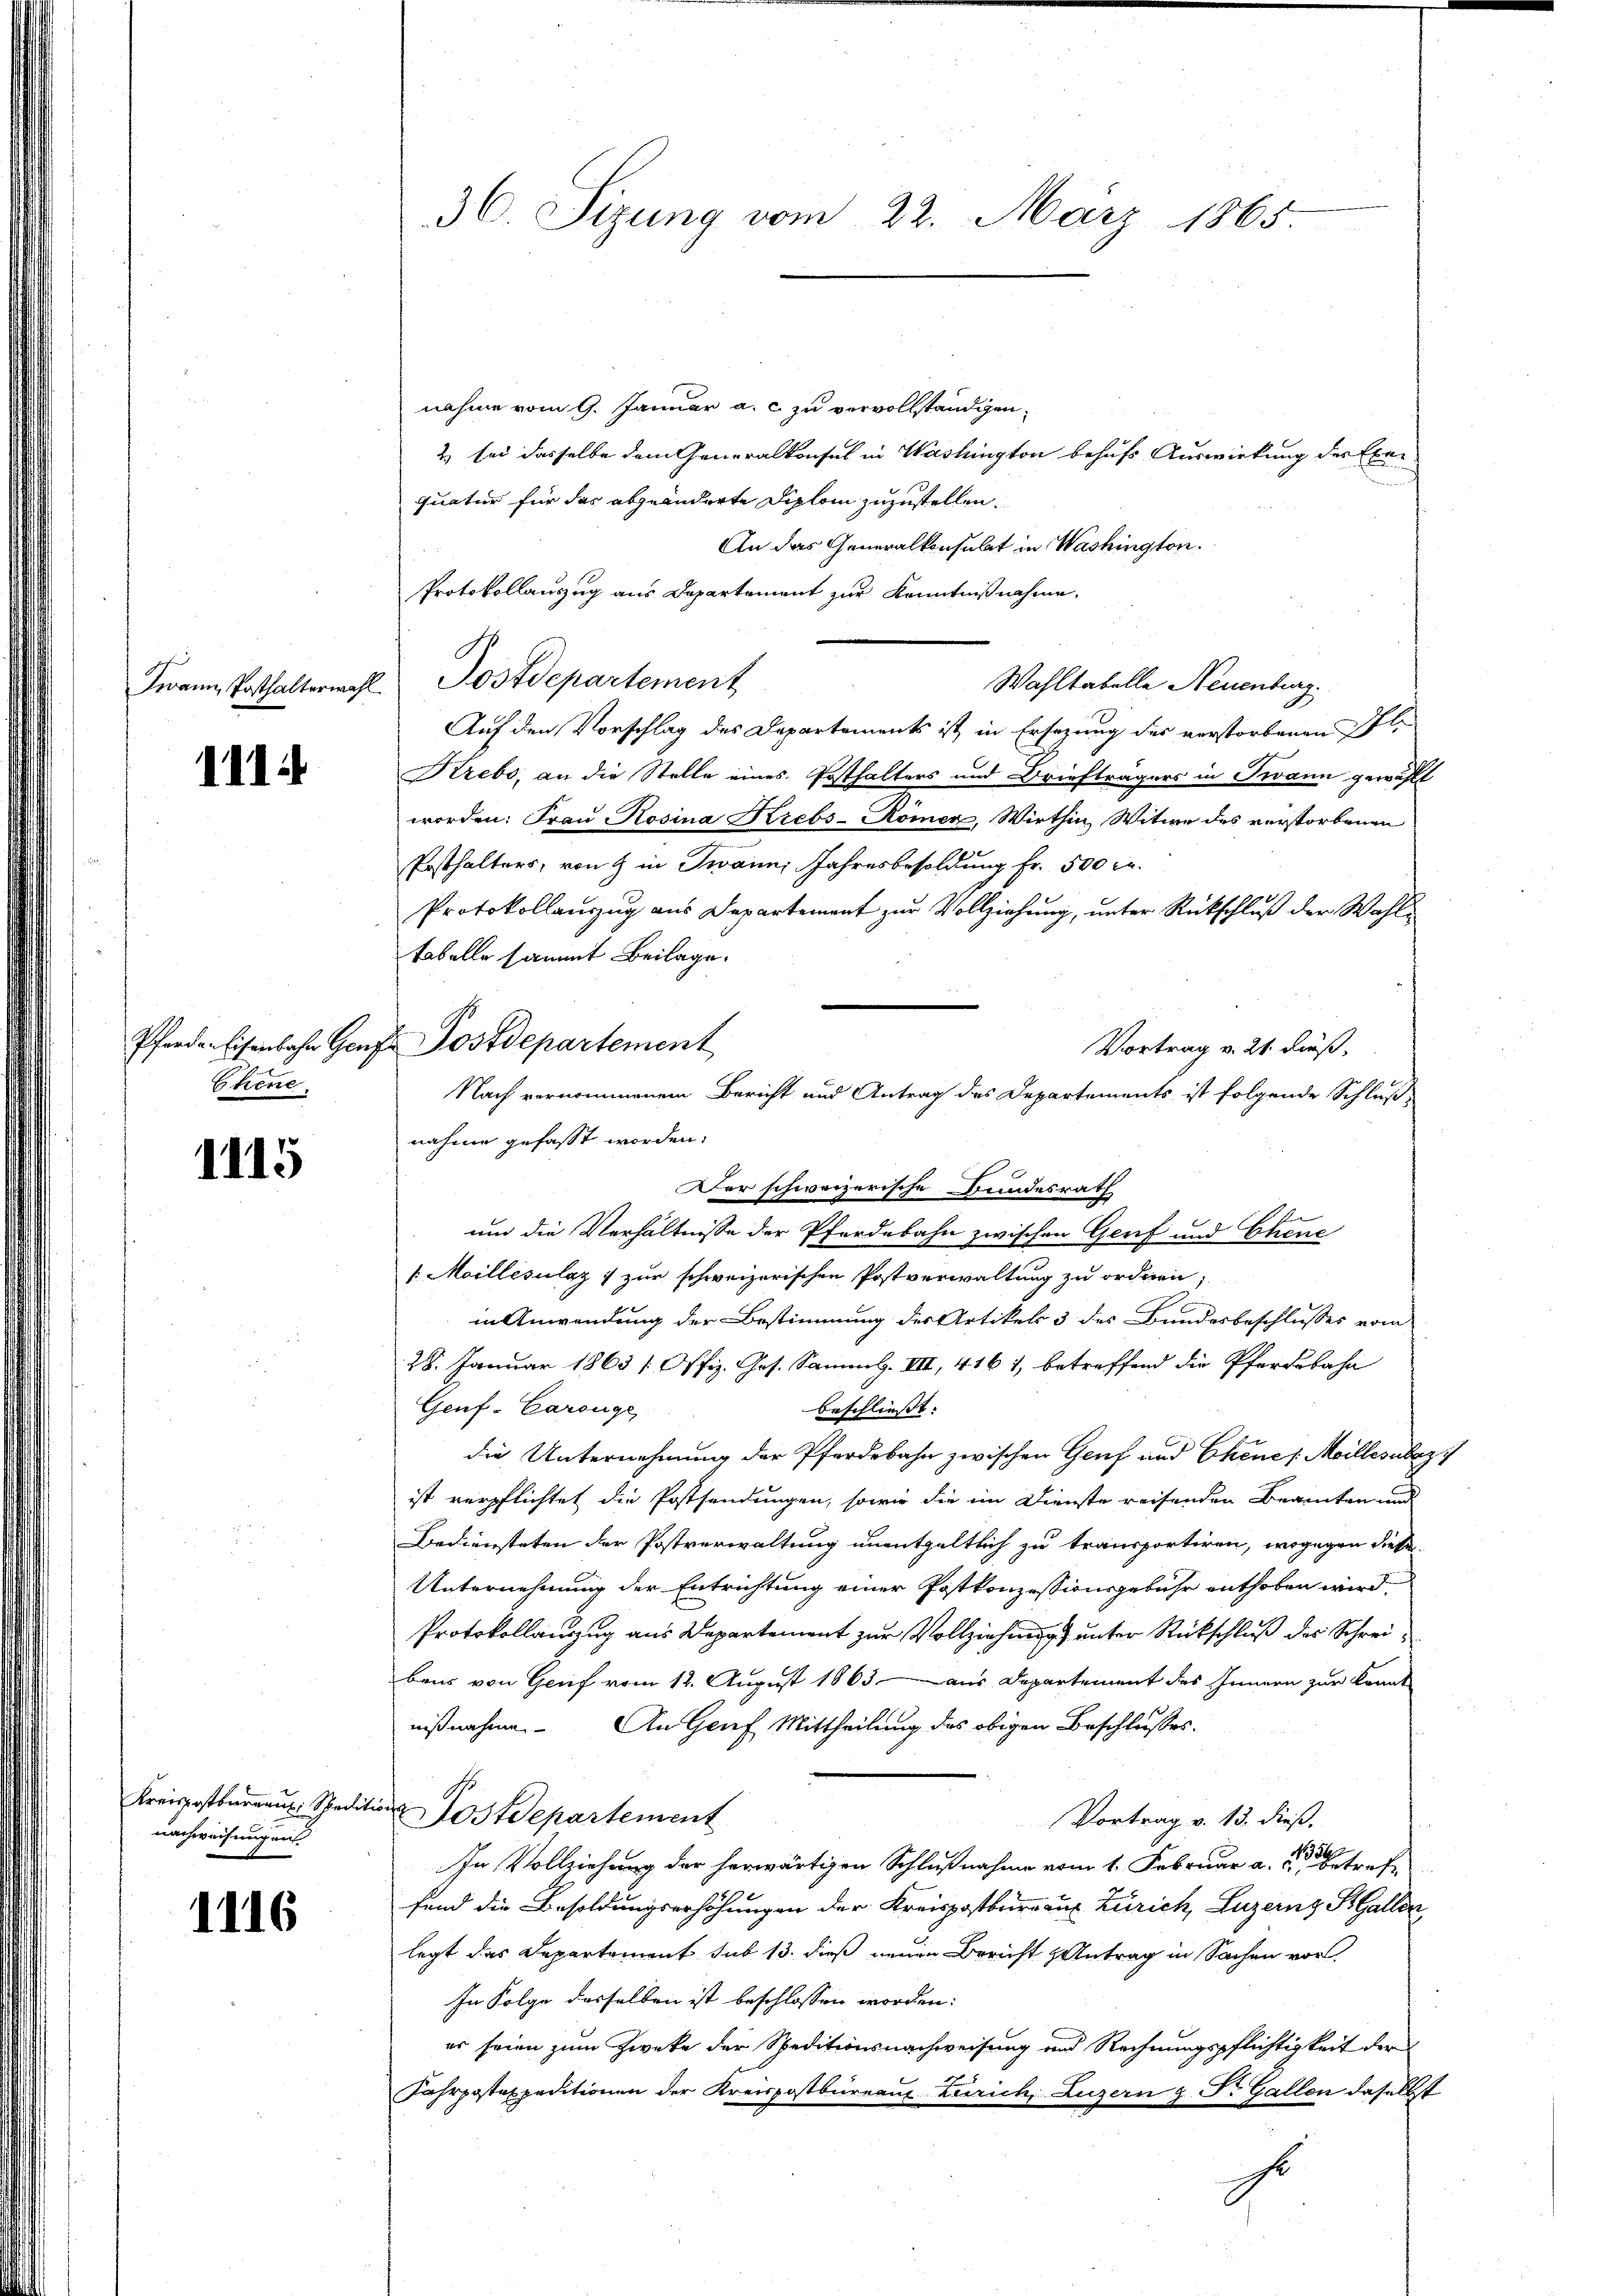
111.

Chene

1115

nachweisung ans

1116

36. Sizung vom 22. März 1865.

Iwann Posthalterwahl Postdepartement

Pferden Eisenbahn Genf Postdepartement
Nach vernommenem Bericht und Antrag des Departements ist folgende Schluß
nahme gefasst worden.

nahme vom 9. Januar a. c. zu vervollständigen,
2) sei dasselbe dem Generalkonsul in Washington behufs Auswirkung der Exequatur für das abgeänderte Diplom zuzustellen.
An das Generalkonsulat in Washington.
Protokollauszug aus Departement zur Kenntnißnahme.
Wahltabelle Neuenburg.
Auf den Vorschlag des Departements ist in Ersezung des verstorbenen Pfl
Krebs, an die Stelle eines Posthalters und Briefträgers in Twann gewählt
worden: Frau Rosina Krebs-Römer, Wirthin, Witwe des verstorbenen
Posthalters, von & in Twann Jahresbesoldung fr. 500 rl.
Protokollanzug aus Departement zur Vollziehung, unter Rückschluß der Wahl¬
Tabelle sammt Beilage.
Vortrag v. 21. dieß,
Der schweizerische Bundesrath
um die Verhältnisse der Pferdebahn zwischen Genf und Chene
 Moillésulaz 7 zur schweizerischen Postverwaltung zu ordnen,
in Anwendung der Bestimmung des Artikels 3 des Bundesbeschlusses vom
28. Januar 1863 / Offiz. Ges. Samml. VII, 416 1, betreffend die Pferdebahn
Geuf-Carsüge
beschliesst. |
die Unternehmung der Pferdebahn zwischen Genf und Chene Meilles aber
ist verpflichtet die Postsendungen, sowie die im Dienste reisenden Beamten und
Bediensteten der Postverwaltung unentgeltlich zu transportiren, wogegen diese
Unternehmung der Entrichtung einer Postkonzessionsgebühr enthoben wird
Protokollauszug aus Departement zur Vollziehung unter Rückschluß des Schreibens von Genf vom 12. August 1863 aus Departement des Innern zur kannt
nißnahme. An Genf Mittheilung des obigen Beschlusses.
s
Kreispostberaus. Spedition ostdepartement
Vortrag v. 13. dieß.
In Vollziehung der herwärtigen Schlußnahme vom 1. Februar a. u. refefand die Besoldungserhöhungen der Kreispostburg aus Zürich, Luzernz Kaller
legt das Departement sub 13. dieß neuen Bericht & Antrag in Sachen vor
In Folge desselben ist beschlossen worden:
er seien zum Zweke der Speditionsnachweisung und Rechnungspflichtigkeit der
Fahrpostaxpeditionen der Kreispostbüreaus Zürich, Luzern z. S. Gallen daselbst
.
G